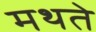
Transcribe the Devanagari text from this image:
मथते